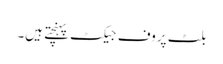
بلٹ پروف جیکٹ پہنچتے ہیں۔